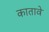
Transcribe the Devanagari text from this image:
कातावे